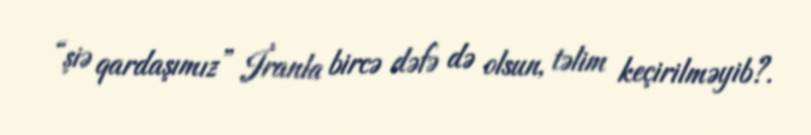
“şiə qardaşımız” İranla bircə dəfə də olsun, təlim keçirilməyib?.